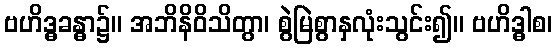
ဗဟိဒ္ဓခန္ဓာ၌။ အဘိနိဝိသိတွာ၊ စွဲမြဲစွာနှလုံးသွင်း၍။ ဗဟိဒ္ဓါစ၊